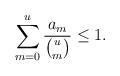
LaTeX: \begin{align*}\sum_{m=0}^u\frac{a_m}{{u \choose m}} \le 1. \end{align*}